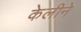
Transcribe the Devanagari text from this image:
केलीने